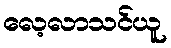
လေ့လာသင်ယူ